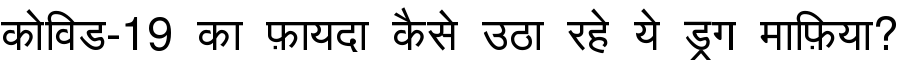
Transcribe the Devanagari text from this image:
कोविड-19 का फ़ायदा कैसे उठा रहे ये ड्रग माफ़िया?